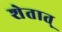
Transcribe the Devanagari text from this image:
शेतात्